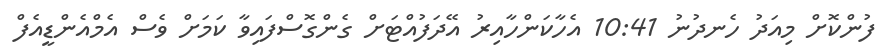
ފުންކޮށް މިއަދު ހެނދުނު 10:41 އެހާކަންހާއިރު އޭދަފުއްޓަށް ގެންގޮސްފައިވާ ކަމަށް ވެސް އެމްއެންޑީއެފް